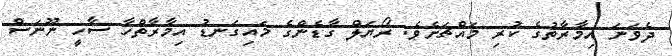
ދެވަނަ އިމާރާތުގެ ކުރި މައްޗަށެވެ. ރޯޔަލް ގާޑެންގެ މައިގަނޑު އިމާރާތްހާ ސާހީ ނޫނަސް